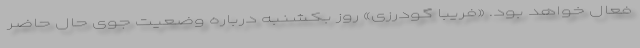
فعال خواهد بود. «فریبا گودرزی» روز بکشنبه درباره وضعیت جوی حال حاضر